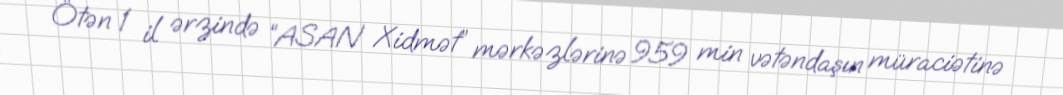
Ötən 1 il ərzində “ASAN Xidmət” mərkəzlərinə 959 min vətəndaşın müraciətinə